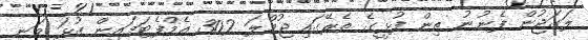
ލަގަޖުން ފެނުނު ތިން ފުޅީގެ ތެރޭގައި ޖުމްލަ 302 އެމްފެޓަމައިން ގުޅަ ވަނީ